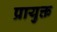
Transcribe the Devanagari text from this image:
प्रायुक्त